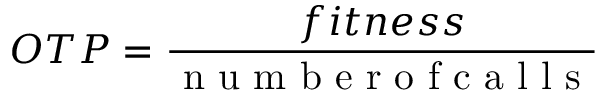
O T P = \frac { f i t n e s s } { \mathrm { ~ n ~ u ~ m ~ b ~ e ~ r ~ o ~ f ~ c ~ a ~ l ~ l ~ s ~ } }